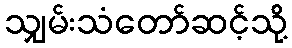
သျှမ်းသံတော်ဆင့်သို့